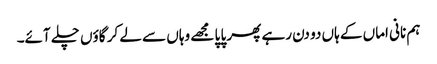
ہم نانی اماں کے ہاں دو دن رہے پھر پا پا مجھے وہاں سے لے کر گاؤں چلے آئے۔